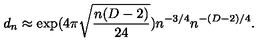
d _ { n } \approx \exp ( 4 \pi \sqrt { \frac { n ( D - 2 ) } { 2 4 } } ) n ^ { - 3 / 4 } n ^ { - ( D - 2 ) / 4 } .